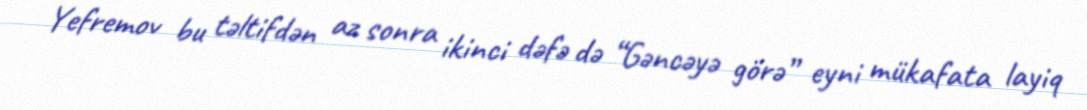
Yefremov bu təltifdən az sonra ikinci dəfə də “Gəncəyə görə” eyni mükafata layiq